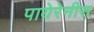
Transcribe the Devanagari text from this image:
पायेरेनीस